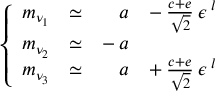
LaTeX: \left\{ \begin{array} { l l r l } { { m _ { \nu _ { 1 } } } } & { { \simeq } } & { { a } } & { { - \: \frac { c + e } { \sqrt { 2 } } \: \epsilon ^ { \: l } } } \\ { { m _ { \nu _ { 2 } } } } & { { \simeq } } & { { - \: a } } & { { } } \\ { { m _ { \nu _ { 3 } } } } & { { \simeq } } & { { a } } & { { + \: \frac { c + e } { \sqrt { 2 } } \: \epsilon ^ { \: l } } } \end{array} \right.